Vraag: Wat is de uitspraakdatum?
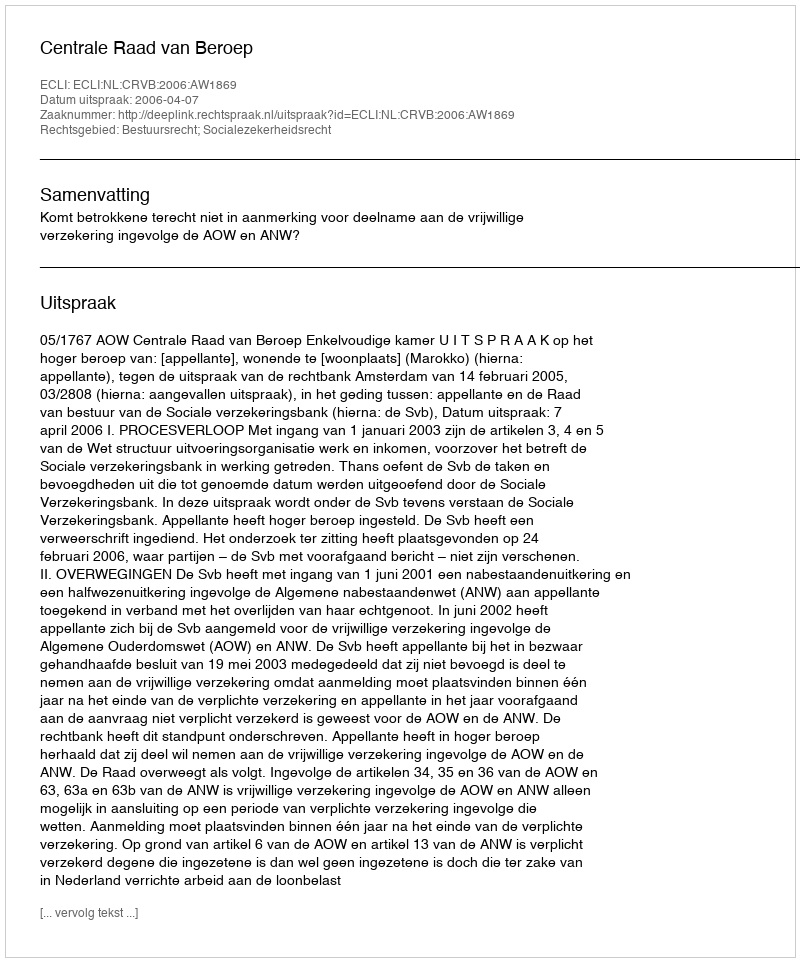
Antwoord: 2006-04-07